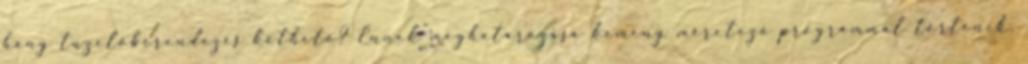
hány tüzelőberendezés köthető? Ennek meghatározása kémény méretező programmal történik,